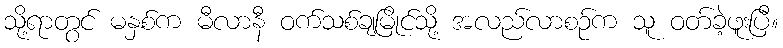
သို့ရာတွင် မနှစ်က မီလာနီ ဝက်သစ်ချမြိုင်သို့ အလည်လာစဉ်က သူ ဝတ်ခဲ့ဖူးပြီ။